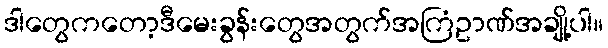
ဒါတွေကတော့ဒီမေးခွန်းတွေအတွက်အကြံဥာဏ်အချို့ပါ။